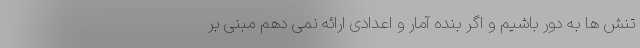
تنش ها به دور باشیم و اگر بنده آمار و اعدادی ارائه نمی دهم مبنی بر